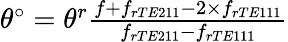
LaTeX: \begin{array}{r}{\theta^{\circ}=\theta^{r}\frac{f+f_{rTE211}-2\times f_{rTE111}}{f_{rTE211}-f_{rTE111}}}\end{array}